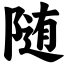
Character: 随